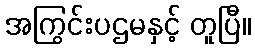
အကြွင်းပဌမနှင့် တူပြီ။